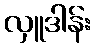
လှူဒါန်း